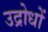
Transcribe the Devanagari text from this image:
उद्रोधों